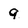
Character: 9